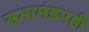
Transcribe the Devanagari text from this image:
सभामंडपही